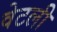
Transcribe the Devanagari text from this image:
वेटली